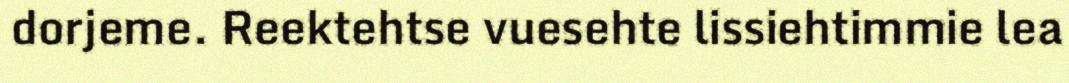
dorjeme. Reektehtse vuesehte lissiehtimmie lea